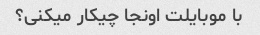
با موبایلت اونجا چیکار میکنی؟